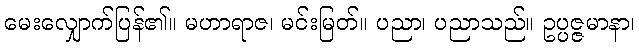
မေးလျှောက်ပြန်၏။ မဟာရာဇ၊ မင်းမြတ်။ ပညာ၊ ပညာသည်။ ဥပ္ပဇ္ဇမာနာ၊